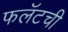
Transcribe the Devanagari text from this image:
फलॅटची